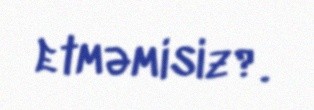
etməmisiz?.